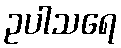
ဥပါသရေ